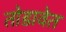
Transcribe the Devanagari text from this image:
तोडावेत